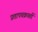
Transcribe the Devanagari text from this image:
प्रतापचक्रवर्ती